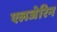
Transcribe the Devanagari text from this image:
एलजेरिन